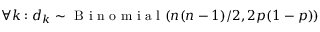
\forall k : d _ { k } \sim \mathrm { ~ B ~ i ~ n ~ o ~ m ~ i ~ a ~ l ~ } ( n ( n - 1 ) / 2 , 2 p ( 1 - p ) )